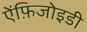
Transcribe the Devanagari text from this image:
ऐंफ़िजोइडी